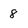
Character: 8